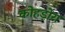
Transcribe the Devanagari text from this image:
कोहड़ोरा